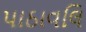
પાઠાવલિ